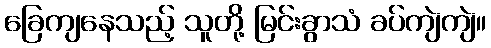
ခြေကျနေသည့် သူတို့ မြင်းခွာသံ ခပ်ကျဲကျဲ။